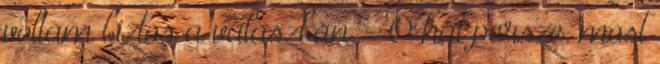
voltam biztos a válaszban. - Ó hát persze. most